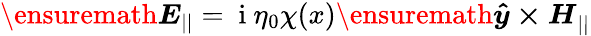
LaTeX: \ensuremath{\boldsymbol{E}}_{||}=\mathrm{~i~}\eta_{0}\chi(x)\ensuremath{\boldsymbol{\hat{y}\times H}}_{||}